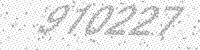
Solution: 910227